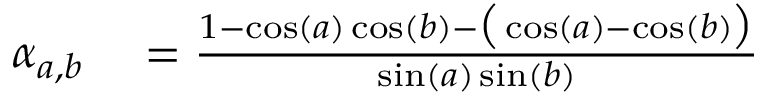
\begin{array} { r l } { \alpha _ { a , b } } & { { } = \frac { 1 - \cos ( a ) \cos ( b ) - \big ( \cos ( a ) - \cos ( b ) \big ) } { \sin ( a ) \sin ( b ) } } \end{array}